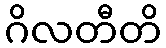
ဂိလတီတိ